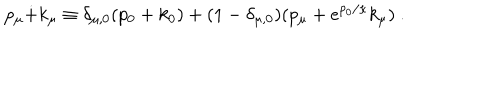
p _ { \mu } \dot { + } k _ { \mu } \equiv \delta _ { \mu , 0 } ( p _ { 0 } + k _ { 0 } ) + ( 1 - \delta _ { \mu , 0 } ) ( p _ { \mu } + e ^ { p _ { 0 } / \kappa } k _ { \mu } ) ~ .